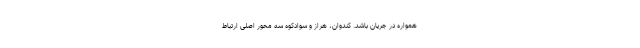
همواره در جریان باشد. کندوان، هراز و سوادکوه سه محور اصلی ارتباط